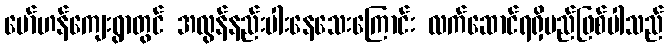
မော်ဟန်ကျေးရွာတွင် အလွန်နည်းပါးနေသေးကြောင်း လက်ဆောင်ရရှိမည်ဖြစ်ပါသည်